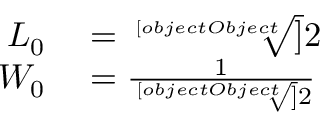
\begin{array} { r l } { L _ { 0 } } & { { } = { \sqrt [ [object Object] ] { 2 } } } \\ { W _ { 0 } } & { { } = { \frac { 1 } { \sqrt [ [object Object] ] { 2 } } } } \end{array}